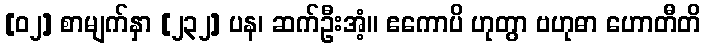
[၀၂] စာမျက်နှာ [၂၃၂] ပန၊ ဆက်ဦးအံ့။ ဧကောပိ ဟုတွာ ဗဟုဓာ ဟောတီတိ